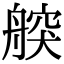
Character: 𦩤